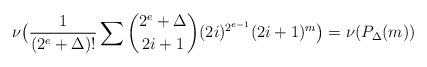
LaTeX: \begin{align*}\nu\bigl(\frac1{(2^e+\Delta)!}\sum\binom{2^e+\Delta}{2i+1}(2i)^{2^{e-1}}(2i+1)^m\bigr)=\nu(P_\Delta(m))\end{align*}